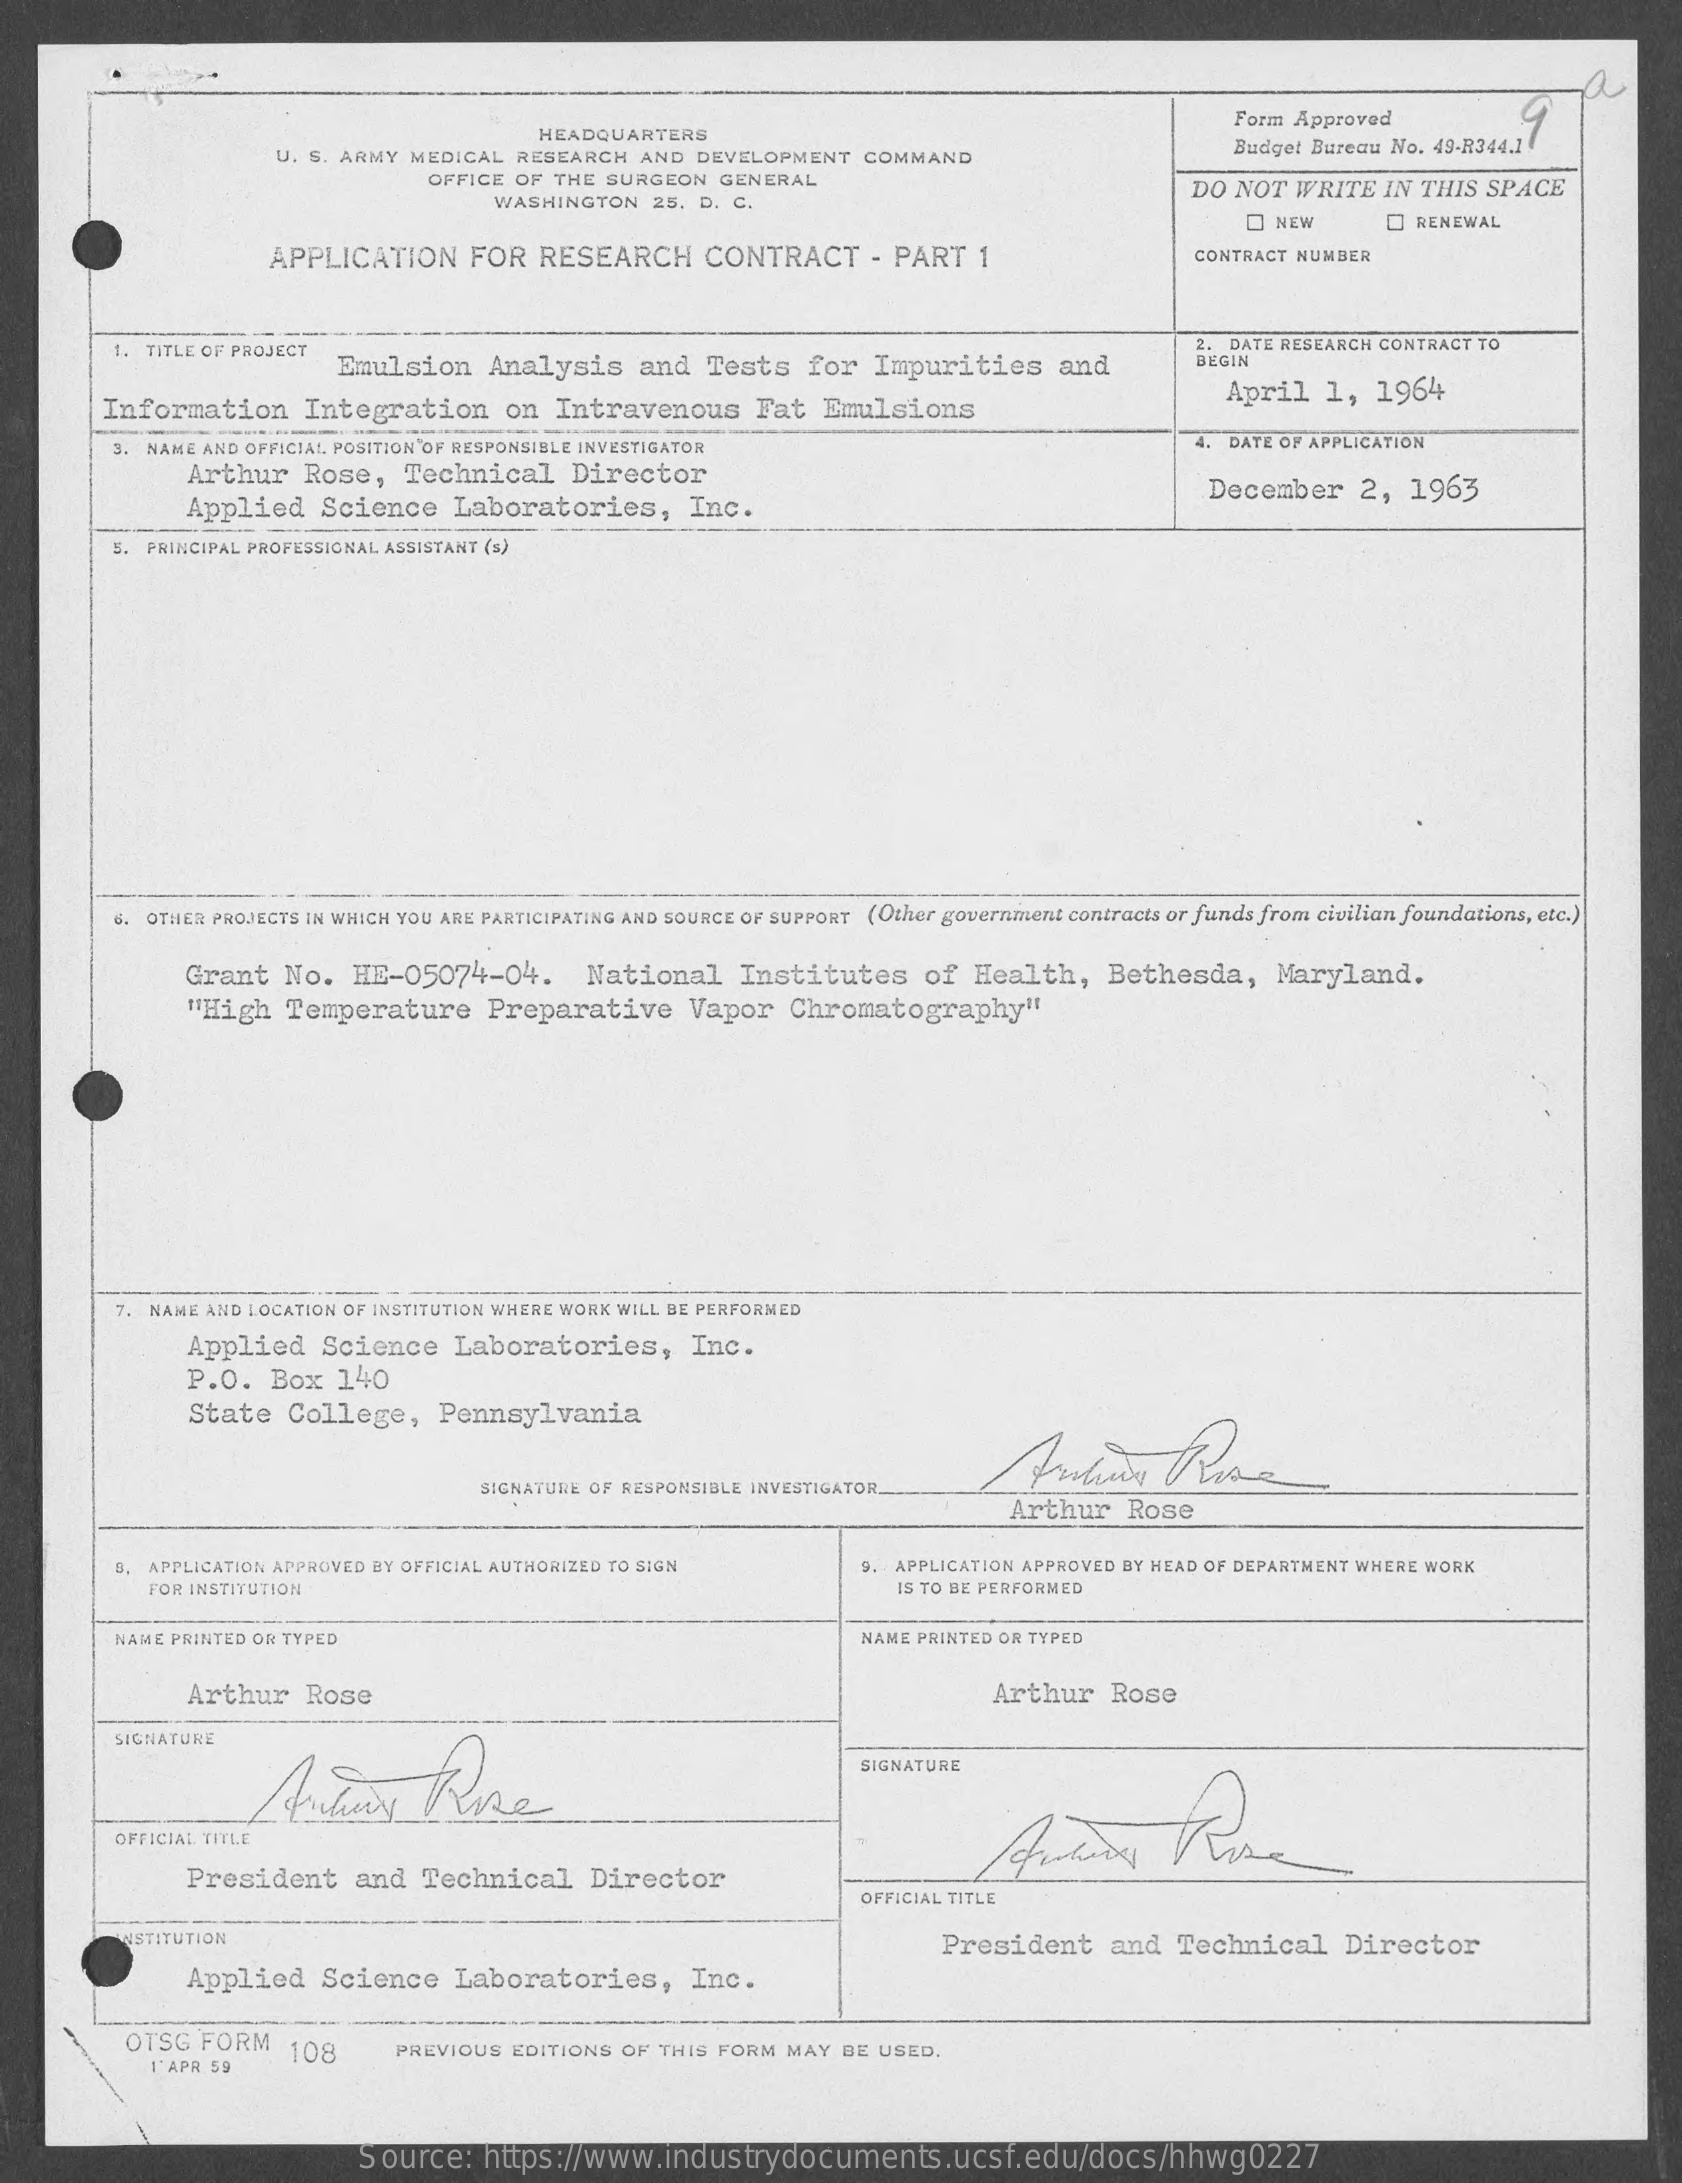
Form Approved
     HEADQUARTERS
     U. S. ARMY MEDICAL RESEARCH  AND  DEVELOPMENT   COMMAND
     Budget Bureau No. 49-R344.1
     OFFICE OF THE SURGEON   GENERAL
     WASHINGTON  25. D. C.
     DO  NOT WRITE   IN THIS SPACE
     NEW    O RENEWAL
     APPLICATION    FOR   RESEARCH    CONTRACT    - PART   1    CONTRACT NUMBER
     1. TITLE OF PROJECT
     Emulsion    Analysis    and   Tests   for  Impurities    and
     2. DATE RESEARCH CONTRACT TO
     BEGIN
     Information    Integration    on  Intravenous    Fat  Emulsions
     April   1,  1964
     3. NAME AND OFFICIAL POSITION OF RESPONSIBLE INVESTIGATOR    4. DATE OF APPLICATION
     Arthur   Rose,   Technical    Director
     Applied    Science    Laboratories,    Inc.
     December    2,  1963
     5. PRINCIPAL PROFESSIONAL ASSISTANT (s)
     6. OTHER PROJECTS IN WHICH YOU ARE PARTICIPATING AND SOURCE OF SUPPORT (Other government contracts or funds from civilian foundations, etc.)
     Grant  No.   HE-05074-04.    National    Institutes    of  Health,    Bethesda,    Maryland.
     "High  Temperature    Preparative    Vapor   Chromatography"
     7. NAME AND LOCATION OF INSTITUTION WHERE WORK WILL BE PERFORMED
     Applied   Science    Laboratories,    Inc.
     P.O.  Box  140
     State  College,    Pennsylvania
     SIGNATURE OF RESPONSIBLE INVESTIGATOR.
     Arthur    Rose
     D. APPLICATION APPROVED BY OFFICIAL AUTHORIZED TO SIGN    APPLICATION APPROVED BY HEAD OF DEPARTMENT WHERE WORK
     FOR INSTITUTION    IS TO BE PERFORMED
     NARE PRINTED OR TYPED    NAME PRINTED OR TYPED
     Arthur   Rose    Arthur   Rose
     SIGNATURE
     SIGNATURE
     OFFICIAL TIYLE
     President    and  Technical    Director
     OFFICIAL TITLE
     NSTITUTION    President    and   Technical    Director
     Applied    Science    Laboratories,    Inc.
     OTSG FORM
     1'APR 59
     108    PREVIOUS  EDITIONS OF THIS FORM MAY  BE USED.
     Source:   https://www.industrydocuments.ucsf.edu/docs/hhwg0227